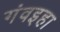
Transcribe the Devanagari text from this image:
गंवइहा